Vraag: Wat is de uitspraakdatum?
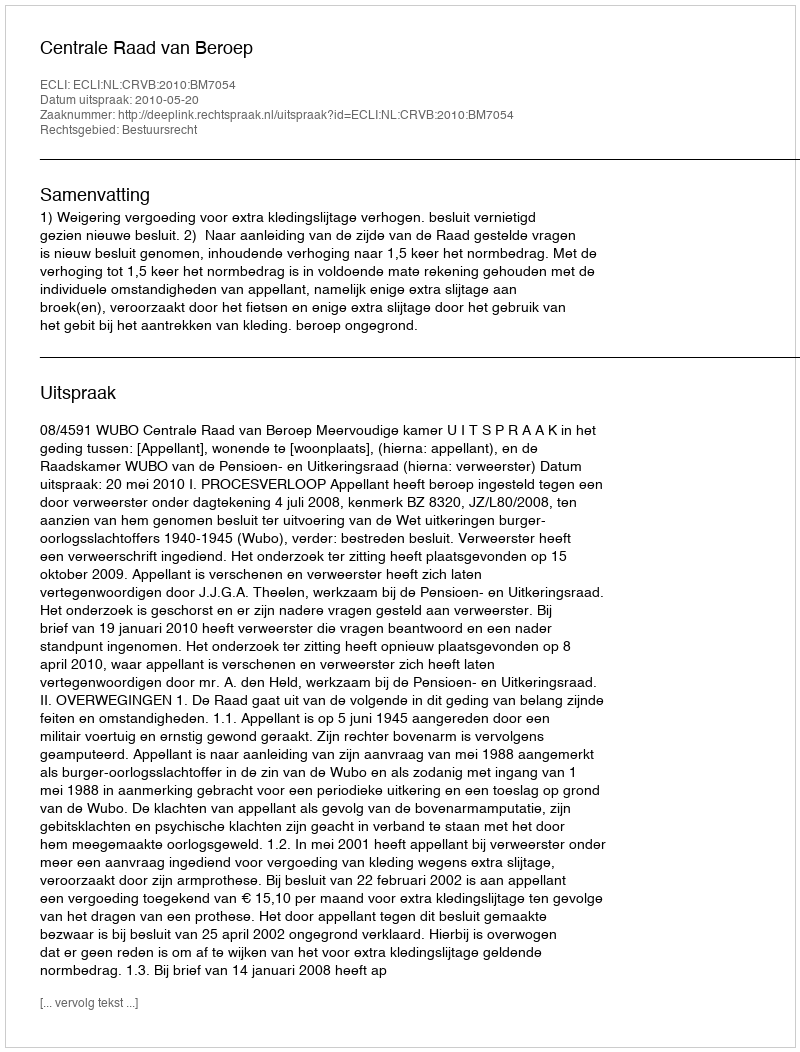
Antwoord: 2010-05-20